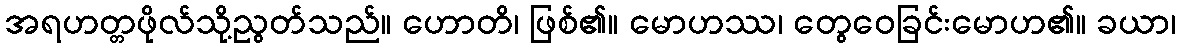
အရဟတ္တဖိုလ်သို့ညွတ်သည်။ ဟောတိ၊ ဖြစ်၏။ မောဟဿ၊ တွေဝေခြင်းမောဟ၏။ ခယာ၊